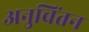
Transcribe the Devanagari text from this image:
अनुचिंतन